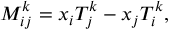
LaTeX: M _ { i j } ^ { k } = x _ { i } T _ { j } ^ { k } - x _ { j } T _ { i } ^ { k } ,